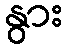
နွား